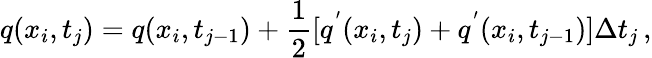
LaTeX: q(x_{i},t_{j})=q(x_{i},t_{j-1})+\frac{1}{2}[q^{'}(x_{i},t_{j})+q^{'}(x_{i},t_{j-1})]\Delta t_{j}\, ,